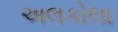
અલકોલા